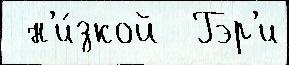
 н'и́зкой  Гэр'и